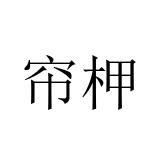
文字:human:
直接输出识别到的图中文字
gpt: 帘柙